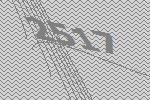
2517